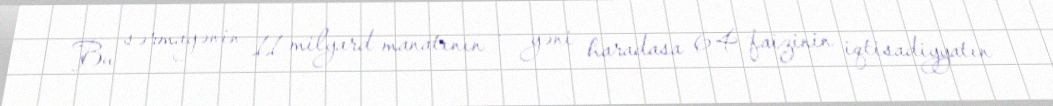
Bu sərmayənin 11 milyard manatının - yəni haradasa 64 faizinin iqtisadiyyatın